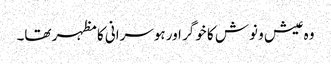
وہ عیش و نوش کا خوگر اور ہوسرانی کا مظہر تھا۔